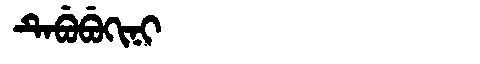
Manchu: ᡨᡝᠪᡠᠪᡠᡴᡳᠨᡳ
Romanization: TEBUBUKINI